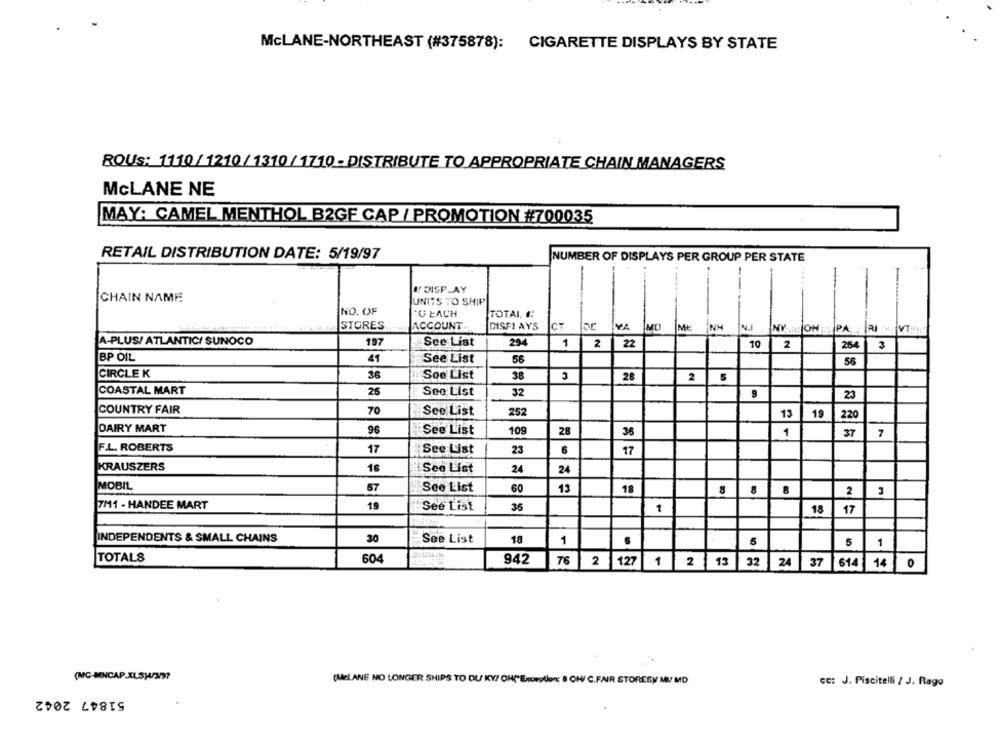
McLANE-NORTHEAST (#375878): CIGARETTE DISPLAYS BY STATE
ROUS: 1110/1210/1310/ 1710 - DISTRIBUTE TO APPROPRIATE CHAIN MANAGERS
McLANE NE
MAY: CAMEL MENTHOL B2GF CAP / PROMOTION #700035
RETAIL DISTRIBUTION DATE: 5/19/97
NUMBER OF DISPLAYS PER GROUP PER STATE
-
!! DISPLAY
CHAIN NAME
UNITS TO SHIP
NO. OF
TG EACH
TOTAL. #:
STORES
ACCOUNT.
DISFI AYS
CT
DE YA MD ME INM N.I
NY OH - PARI VI
A-PLUS/ ATLANTIC/ SUNOCO
197
See List
294
1
2
22
10
2
254
3
BP OIL
41
See List
56
56
CIRCLE K
36
Soe List
38
28
2
COASTAL MART
25
See List
32
9
23
COUNTRY FAIR
70
See List
252
13
19
220
DAIRY MART
96
See List
109
28
1
36
37
7
F.L. ROBERTS
17
See List
23
6
17
KRAUSZERS
16
24
See List
24
MOBIL
57
See List
60
13
18
8
2
3
7M1 - HANDEE MART
15
See List
36
1
18
17
INDEPENDENTS & SMALL CHAINS
30
See List
18
1
5
5
1
TOTALS
604
942
76
2
127
1
2
1 13
32
24
37
614
14 0
(MC-MINCAP.XLS)4/3/97
(MELANE NO LONGER SHIPS TO DU KY? OH("Eception: 8 OW/ C.FAIR STORES) MI MD
cc: J. Piscitelli / J. Rago
51847 2042